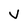
Character: V